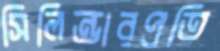
সিলিন্ডারপ্রতি